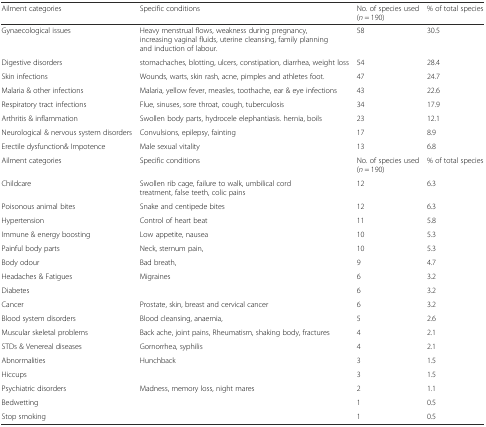
| Ailment categories | Specific conditions | No. of species used (n = 190) | % of total species |
 | --- | --- | --- | --- |
 | Gynaecological issues | Heavy menstrual flows, weakness during pregnancy, increasing vaginal fluids, uterine cleansing, family planning and induction of labour. | 58 | 30.5 |
 | Digestive disorders | stomachaches, blotting, ulcers, constipation, diarrhea, weight loss | 54 | 28.4 |
 | Skin infections | Wounds, warts, skin rash, acne, pimples and athletes foot. | 47 | 24.7 |
 | Malaria & other infections | Malaria, yellow fever, measles, toothache, ear & eye infections | 43 | 22.6 |
 | Respiratory tract infections | Flue, sinuses, sore throat, cough, tuberculosis | 34 | 17.9 |
 | Arthritis & inflammation | Swollen body parts, hydrocele elephantiasis. hernia, boils | 23 | 12.1 |
 | Neurological & nervous system disorders | Convulsions, epilepsy, fainting | 17 | 8.9 |
 | Erectile dysfunction& Impotence | Male sexual vitality | 13 | 6.8 |
 | Ailment categories | Specific conditions | No. of species used (n = 190) | % of total species |
 | Childcare | Swollen rib cage, failure to walk, umbilical cord treatment, false teeth, colic pains | 12 | 6.3 |
 | Poisonous animal bites | Snake and centipede bites | 12 | 6.3 |
 | Hypertension | Control of heart beat | 11 | 5.8 |
 | Immune & energy boosting | Low appetite, nausea | 10 | 5.3 |
 | Painful body parts | Neck, sternum pain, | 10 | 5.3 |
 | Body odour | Bad breath, | 9 | 4.7 |
 | Headaches & Fatigues | Migraines | 6 | 3.2 |
 | Diabetes |  | 6 | 3.2 |
 | Cancer | Prostate, skin, breast and cervical cancer | 6 | 3.2 |
 | Blood system disorders | Blood cleansing, anaemia, | 5 | 2.6 |
 | Muscular skeletal problems | Back ache, joint pains, Rheumatism, shaking body, fractures | 4 | 2.1 |
 | STDs & Venereal diseases | Gornorrhea, syphilis | 4 | 2.1 |
 | Abnormalities | Hunchback | 3 | 1.5 |
 | Hiccups |  | 3 | 1.5 |
 | Psychiatric disorders | Madness, memory loss, night mares | 2 | 1.1 |
 | Bedwetting |  | 1 | 0.5 |
 | Stop smoking |  | 1 | 0.5 |